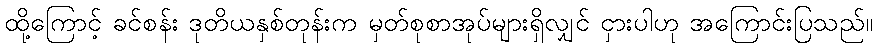
ထို့ကြောင့် ခင်စန်း ဒုတိယနှစ်တုန်းက မှတ်စုစာအုပ်များရှိလျှင် ငှားပါဟု အကြောင်းပြသည်။